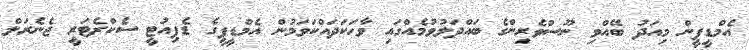
އެމްޑީޕީން މިއަދު ބޭއްވި ނޫސްވެރިންގެ ބައްދަލުވުމެއްގައި ވާހަކަދައްކަވަމުން އެމްޑީޕީގެ ޑެޕިއުޓީ ސެކްރެޓަރީ ޖެނެރަލް